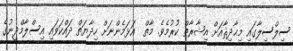
ސިލްސިލާގައި މިޙާދިޘާއަށް އިޝާރާތް ކުރުމެވެ. މާތް  އަޅަމެންނަށް ހިދާޔަތް ދައްކަވައި އިސްލާމްދީނުގެ